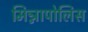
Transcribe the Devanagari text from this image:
मिन्नापोलिस